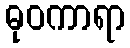
ဓုဝကာရာ